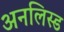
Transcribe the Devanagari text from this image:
अनलिस्ड